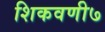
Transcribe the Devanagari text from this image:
शिकवणी७